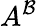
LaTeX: A^{\mathcal{B}}